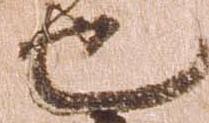
也